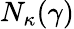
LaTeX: N_{\kappa}(\gamma)